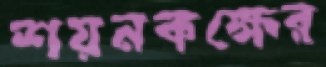
শয়নকক্ষের